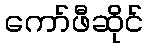
ကော်ဖီဆိုင်